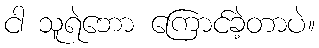
ငါ သူရဲဘော ကြောင်ခဲ့တာပဲ။